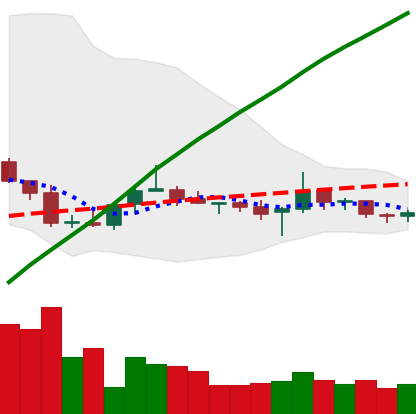
Ticker: TRX-USD
Chart end date: 2020-10-08
Forward return: 4.351%
Label: up_3_5